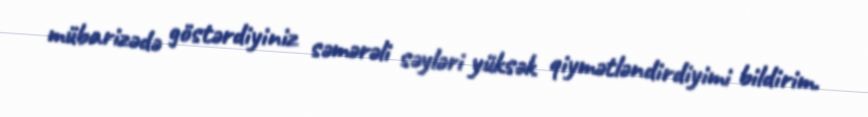
mübarizədə göstərdiyiniz səmərəli səyləri yüksək qiymətləndirdiyimi bildirim.